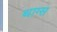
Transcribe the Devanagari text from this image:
थाग्स